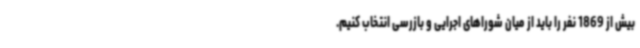
بیش از 1869 نفر را باید از میان شوراهای اجرایی و بازرسی انتخاب کنیم.